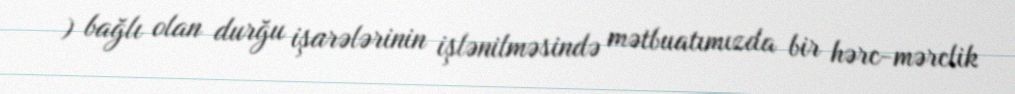
) bağlı olan durğu işarələrinin işlənilməsində mətbuatımızda bir hərc-mərclik